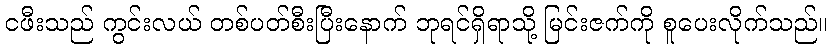
ငဖီးသည် ကွင်းလယ် တစ်ပတ်စီးပြီးနောက် ဘုရင်ရှိရာသို့ မြင်းဇက်ကို စူပေးလိုက်သည်။